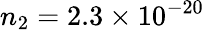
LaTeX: n_{2}=2.3\times 10^{-20}